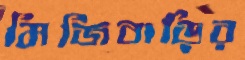
মিজিবাড়ির